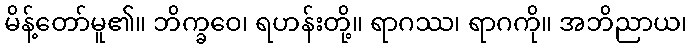
မိန့်တော်မူ၏။ ဘိက္ခဝေ၊ ရဟန်းတို့။ ရာဂဿ၊ ရာဂကို။ အဘိညာယ၊